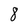
Character: 8